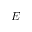
E